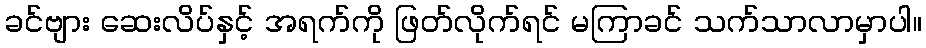
ခင်ဗျား ဆေးလိပ်နှင့် အရက်ကို ဖြတ်လိုက်ရင် မကြာခင် သက်သာလာမှာပါ။